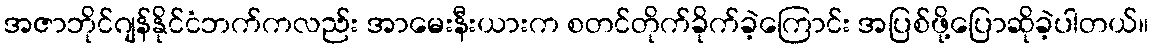
အဇာဘိုင်ဂျန်နိုင်ငံဘက်ကလည်း အာမေးနီးယားက စတင်တိုက်ခိုက်ခဲ့ကြောင်း အပြစ်ဖို့ပြောဆိုခဲ့ပါတယ်။